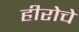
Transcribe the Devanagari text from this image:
हीरोचे